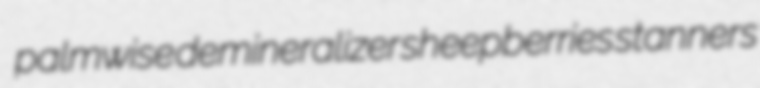
palmwise demineralizer sheepberries stanners